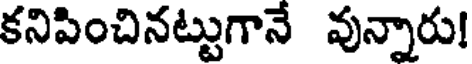
కనిపించినట్టుగానే వున్నారు!